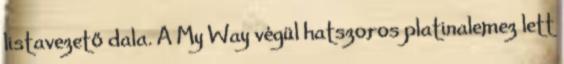
listavezető dala. A My Way végül hatszoros platinalemez lett